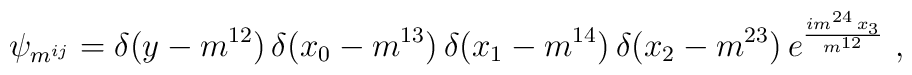
\psi_{m^{ij}}=\delta(y-m^{12})\,\delta(x_0-m^{13})\,\delta(x_1-m^{14})\,\delta(x_2-m^{23})\,e^{\frac{im^{24}\,x_3}{m^{12}}}\ ,